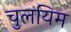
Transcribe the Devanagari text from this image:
चुलयिम